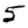
Digit: 5